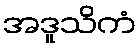
အဒူသိကံ